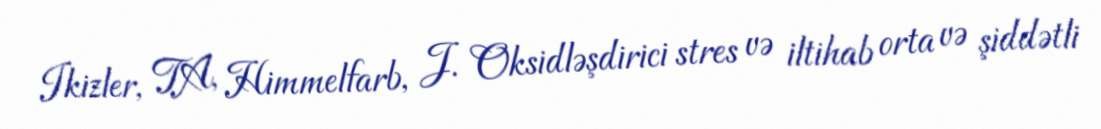
Ikizler, TA, Himmelfarb, J. Oksidləşdirici stres və iltihab orta və şiddətli